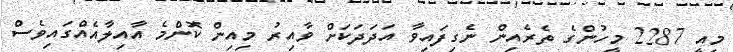
މިއީ 2287 މީހުންގެ ތެރެއިން ނެގިފައިވާ އަދަދަކަށް ވާއިރު މިއިން ކޮންމެ އާއިލާއެއްގައިވެސް